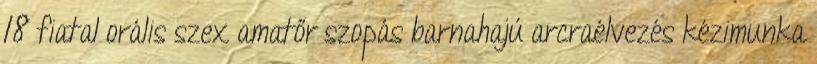
18 fiatal orális szex amatőr szopás barnahajú arcraélvezés kézimunka